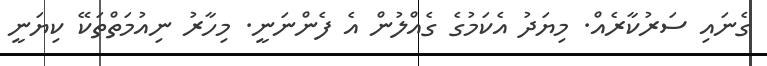
ގެނައި ސަރުކާރެއް. މިޔަދު އެކަމުގެ ގެއްލުން އެ ފެންނަނީ. މިހާރު ނިއުމަތްތަކޭ ކިޔަނީ